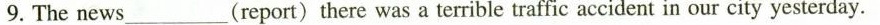
9. The news____(report) there was a terrible traffic accident in our city yesterday.